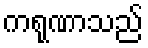
ကရုဏာသည်